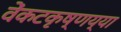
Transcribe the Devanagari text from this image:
वेंकटकृष्णय्या